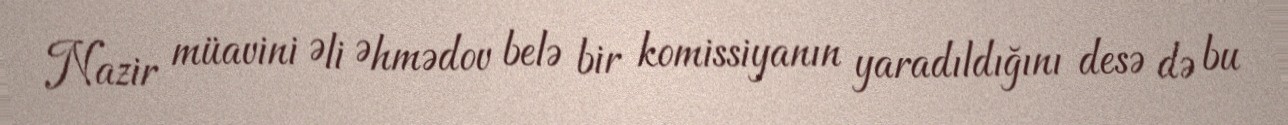
Nazir müavini Əli Əhmədov belə bir komissiyanın yaradıldığını desə də bu